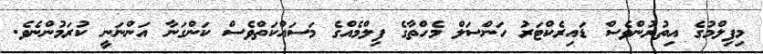
މިފިލްމުގެ އިތުރުންވެސް ޑައިރެކްޓަރު ހަންސަލް މެހްތާގެ ފިލްމެއްގެ މަސައްކަތްވެސް ކަންގަނާ އަންނަނީ ކުރަމުންނެވެ.